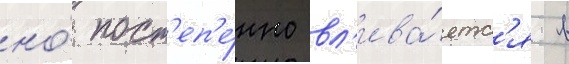
но́ пост'еп'е́нно вл'ива́етс'я в